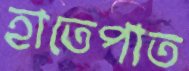
হাতেপাত